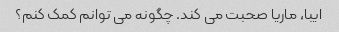
ایبا، ماریا صحبت می کند. چگونه می توانم کمک کنم؟